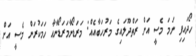
ހޯދައިފި ނަމަ މެސީ އަށް ރަތްދޫލައިގެ މަރުހަބާއެއް: މަރަޑޯނާމަރަޑޯނާއާ ހަމަކުރަން މެސީ އަށް